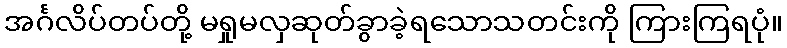
အင်္ဂလိပ်တပ်တို့ မရှုမလှဆုတ်ခွာခဲ့ရသောသတင်းကို ကြားကြရပုံ။